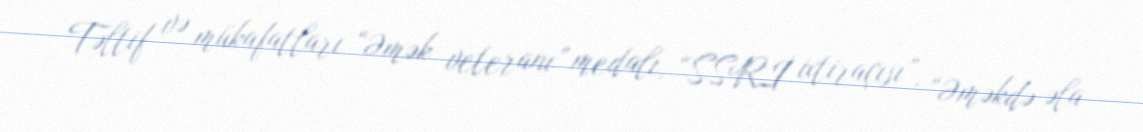
Təltif və mükafatları “Əmək veteranı” medalı, “SSRİ ixtiraçısı”, “Əməkdə əla